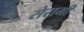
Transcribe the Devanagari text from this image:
सेरामी